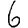
Digit: 6